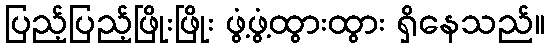
ပြည့်ပြည့်ဖြိုးဖြိုး ဖွံ့ဖွံ့ထွားထွား ရှိနေသည်။